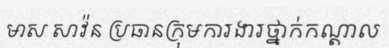
មាស សាវ៉ន ប្រធានក្រុមការងារថ្នាក់កណ្តាល